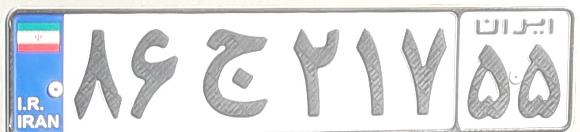
۸۶ج۲۱۷۵۵